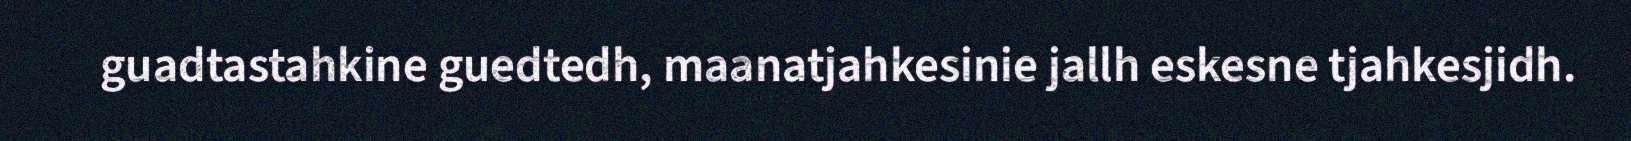
guadtastahkine guedtedh, maanatjahkesinie jallh eskesne tjahkesjidh.